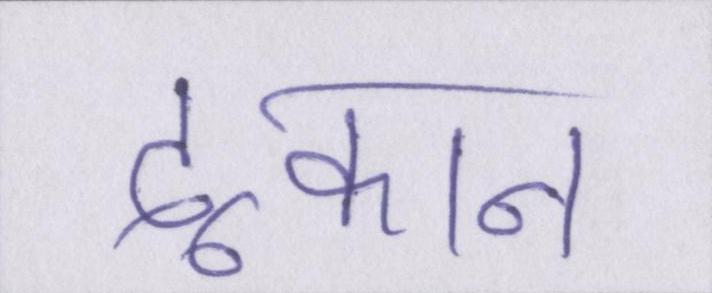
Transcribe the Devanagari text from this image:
दूकान